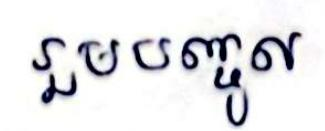
រួមបញ្ចូល